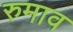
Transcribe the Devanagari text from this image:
रुमाव